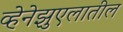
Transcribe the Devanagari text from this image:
व्हेनेझुएलातील